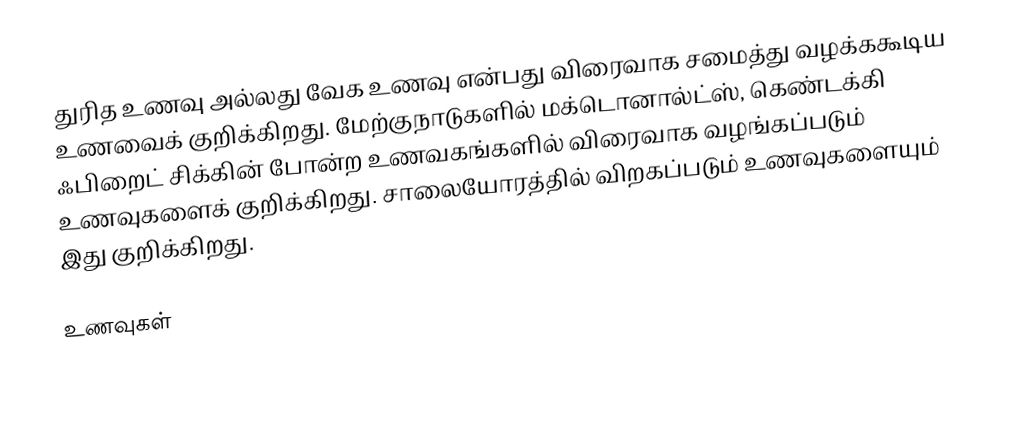
துரித உணவு அல்லது வேக உணவு என்பது விரைவாக சமைத்து வழக்ககூடிய உணவைக் குறிக்கிறது. மேற்குநாடுகளில் மக்டொனால்ட்ஸ், கெண்டக்கி ஃபிறைட் சிக்கின் போன்ற உணவகங்களில் விரைவாக வழங்கப்படும் உணவுகளைக் குறிக்கிறது. சாலையோரத்தில் விறகப்படும் உணவுகளையும் இது குறிக்கிறது.

உணவுகள்